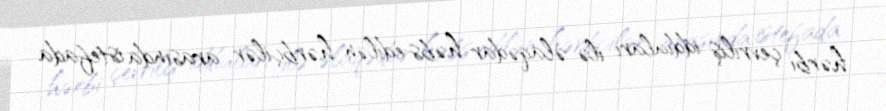
hərbi çevriliş iddiaları ilə əlaqədar həbs edilən hərbçilər arasında istefada